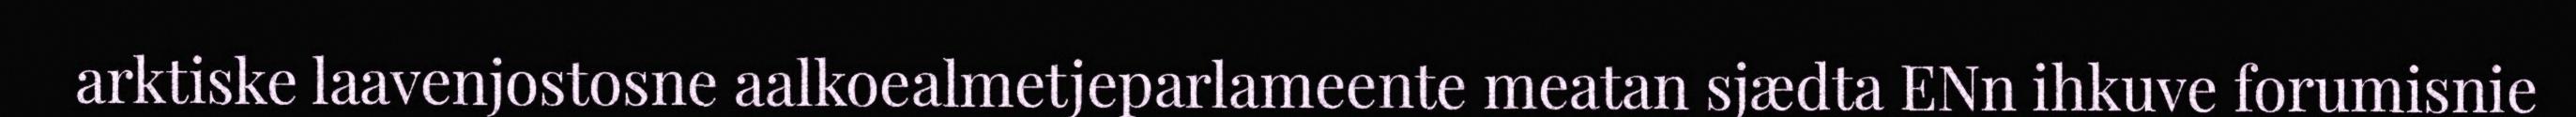
arktiske laavenjostosne aalkoealmetjeparlameente meatan sjædta ENn ihkuve forumisnie